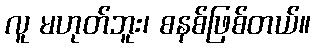
လူ မဟုတ်ဘူး၊ စနစ်ဖြစ်တယ်။